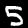
Digit: 5